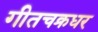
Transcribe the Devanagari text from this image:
गीतचक्रधर